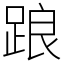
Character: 踉